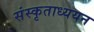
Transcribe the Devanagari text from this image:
संस्कृताध्ययन